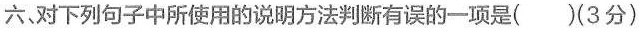
六、对下列句子中所使用的说明方法判断有误的一项是( ) (3分)